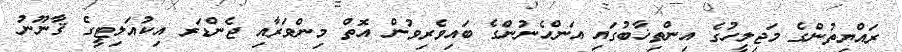
ރައްޔިތުންގެ މަޖިލީހުގެ އިންތިޚާބުގައި އަންހެނުންގެ ބައިވެރިވުން އޮތް މިންވަރާއި ޖެންޑަރ އިކުއަލިޓީގެ ޤާނޫނު